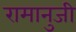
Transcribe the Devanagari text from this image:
रामानुजी